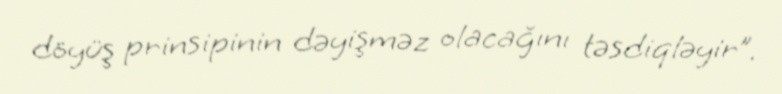
döyüş prinsipinin dəyişməz olacağını təsdiqləyir”.